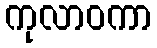
ကုလာဝကာ